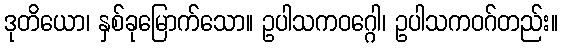
ဒုတိယော၊ နှစ်ခုမြောက်သော။ ဥပါသကဝဂ္ဂေါ၊ ဥပါသကဝဂ်တည်း။